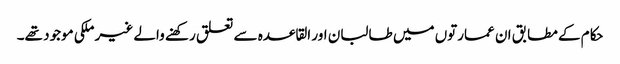
حکام کے مطابق ان عمارتوں میں طالبان اور القاعدہ سے تعلق رکھنے والے غیر ملکی موجود تھے۔